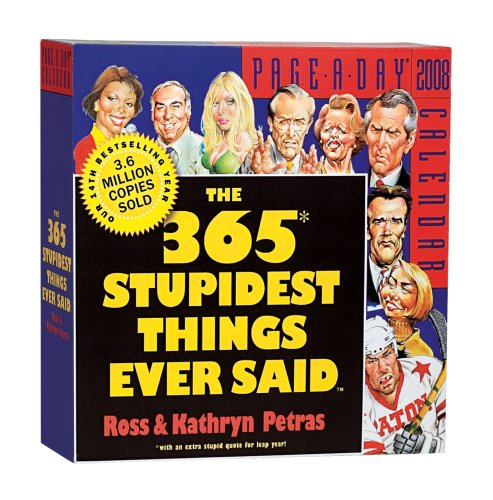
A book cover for The 365 Stupidest Things Ever Said Page-A-Day Calendar 2008 (Page-A-Day Calendars); Kathryn Petras; Calendars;